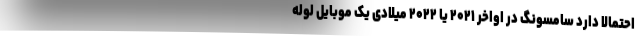
احتمالاً دارد سامسونگ در اواخر ۲۰۲۱ یا ۲۰۲۲ میلادی یک موبایل لوله